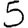
Digit: 5